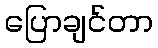
ပြောချင်တာ